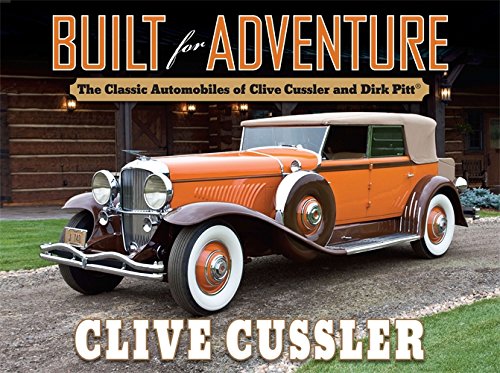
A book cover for Built for Adventure: The Classic Automobiles of Clive Cussler and Dirk Pitt; Clive Cussler; Engineering & Transportation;